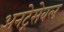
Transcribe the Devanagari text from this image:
अनट्रेसेबल